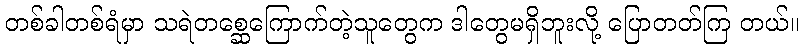
တစ်ခါတစ်ရံမှာ သရဲတစ္ဆေကြောက်တဲ့သူတွေက ဒါတွေမရှိဘူးလို့ ပြောတတ်ကြ တယ်။